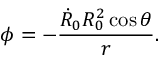
\phi = - \frac { \dot { R } _ { 0 } R _ { 0 } ^ { 2 } \cos \theta } { r } .